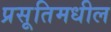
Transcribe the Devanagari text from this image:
प्रसूतिमधील